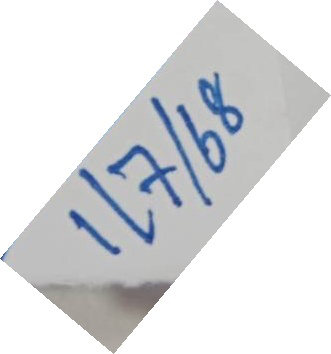
1/7/68